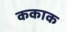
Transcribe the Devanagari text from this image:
ककाक